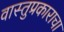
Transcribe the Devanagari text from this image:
वास्तुप्रकाराचा